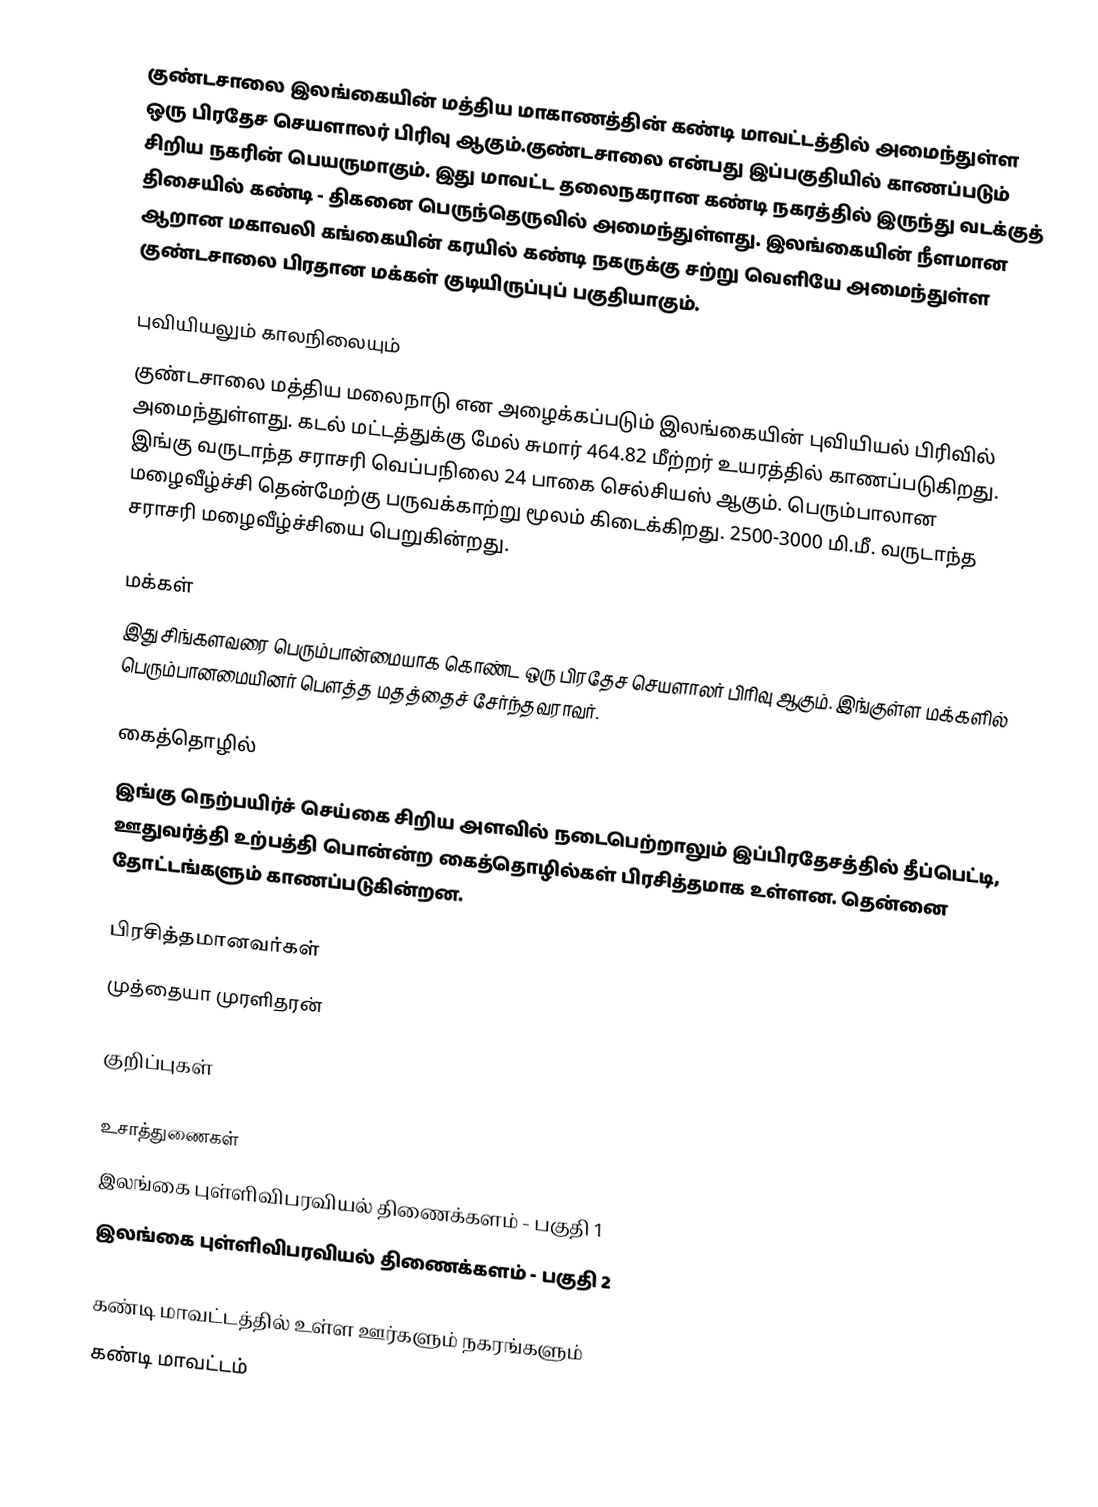
குண்டசாலை இலங்கையின் மத்திய மாகாணத்தின் கண்டி மாவட்டத்தில் அமைந்துள்ள ஒரு பிரதேச செயளாலர் பிரிவு ஆகும்.குண்டசாலை என்பது இப்பகுதியில் காணப்படும்  சிறிய நகரின் பெயருமாகும். இது மாவட்ட தலைநகரான கண்டி நகரத்தில் இருந்து  வடக்குத் திசையில்  கண்டி - திகனை பெருந்தெருவில் அமைந்துள்ளது. இலங்கையின் நீளமான ஆறான மகாவலி கங்கையின் கரயில் கண்டி நகருக்கு சற்று வெளியே அமைந்துள்ள குண்டசாலை பிரதான மக்கள் குடியிருப்புப் பகுதியாகும்.

புவியியலும் காலநிலையும்
குண்டசாலை  மத்திய மலைநாடு என அழைக்கப்படும்  இலங்கையின் புவியியல் பிரிவில் அமைந்துள்ளது. கடல் மட்டத்துக்கு மேல் சுமார் 464.82 மீற்றர்  உயரத்தில் காணப்படுகிறது. இங்கு வருடாந்த சராசரி வெப்பநிலை 24 பாகை செல்சியஸ் ஆகும். பெரும்பாலான மழைவீழ்ச்சி தென்மேற்கு பருவக்காற்று மூலம் கிடைக்கிறது. 2500-3000 மி.மீ. வருடாந்த சராசரி மழைவீழ்ச்சியை பெறுகின்றது.

மக்கள்
இது சிங்களவரை பெரும்பான்மையாக கொண்ட ஒரு பிரதேச செயளாலர் பிரிவு ஆகும். இங்குள்ள மக்களில் பெரும்பானமையினர் பௌத்த மதத்தைச் சேர்ந்தவராவர்.

கைத்தொழில்
இங்கு நெற்பயிர்ச் செய்கை சிறிய அளவில் நடைபெற்றாலும் இப்பிரதேசத்தில் தீப்பெட்டி, ஊதுவர்த்தி உற்பத்தி பொன்ன்ற கைத்தொழில்கள் பிரசித்தமாக உள்ளன. தென்னை தோட்டங்களும் காணப்படுகின்றன.

பிரசித்தமானவர்கள்
முத்தையா முரளிதரன்

குறிப்புகள்

உசாத்துணைகள்
 இலங்கை புள்ளிவிபரவியல் திணைக்களம் - பகுதி 1
 இலங்கை புள்ளிவிபரவியல் திணைக்களம் - பகுதி 2

கண்டி மாவட்டத்தில் உள்ள ஊர்களும் நகரங்களும்
கண்டி மாவட்டம்